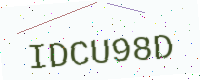
Text: IDCU98D